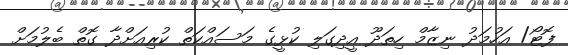
ފޮޓޯ/ އަހުމަދު ނިޒާމް ހިތަދޫ އީދިގަލި ކުޅީގެ މަސައްކަތް ކުރިއަށްދާ ގޮތް ބެލުމަށް